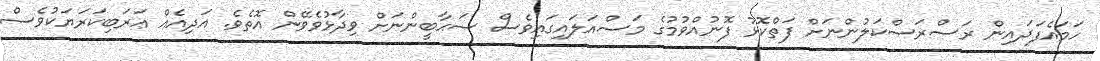
ހަމައެފަދައިން ރަސްރަސްކަލުންނަށް ފަތްކޮޅު ފޮނުއްވުމުގެ މަސްއަލައިގައިވެސް ޞަޙާބީންނަށް ވިދާޅުވެވޭން އޮތެވެ. އަދިއެއް ޢަރަބިކަރަޔަކުވެސް